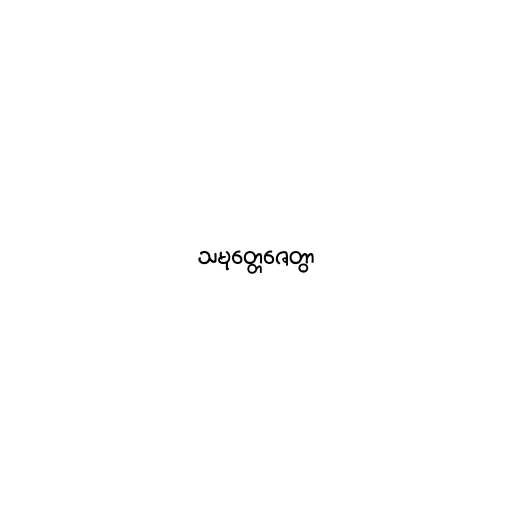
သမုတ္တေဇေတွာ